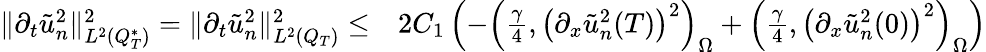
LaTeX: \begin{array}{rl}{\lVert\partial_{t}\tilde{u}_{n}^{2}\rVert_{L^{2}(Q_{T}^{*})}^{2}=\lVert\partial_{t}\tilde{u}_{n}^{2}\rVert_{L^{2}(Q_{T})}^{2}\leq}&{{}2C_{1}\left(-\left(\frac{\gamma}{4},\left(\partial_{x}\tilde{u}_{n}^{2}(T)\right)^{2}\right)_{\Omega}+\left(\frac{\gamma}{4},\left(\partial_{x}\tilde{u}_{n}^{2}(0)\right)^{2}\right)_{\Omega}\right)}\end{array}